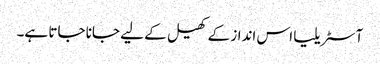
آسٹریلیا اس انداز کے کھیل کے لیے جانا جاتا ہے۔